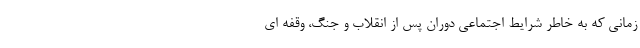
زمانی که به خاطر شرایط اجتماعی دوران پس از انقلاب و جنگ، وقفه ای